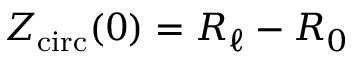
Z _ { \mathrm { c i r c } } ( 0 ) = R _ { \ell } - R _ { 0 }